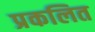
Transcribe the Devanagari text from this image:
प्रकलित